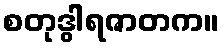
စတုဒွါရဇာတက။